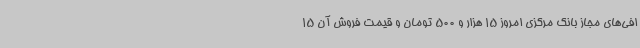
افی‌های مجاز بانک مرکزی امروز 15 هزار و 500 تومان و قیمت فروش آن 15